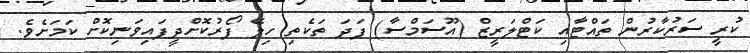
ކުރީ ސަރުކާރުން ތައްޓާއި ކަޓްލަރީޒް (އޫސަމްސާ) ފަދަ ތަކެތި ހިލޭ ފޯރުކޮށްދީފައިވަނިކޮށް ކަމަށެވެ.